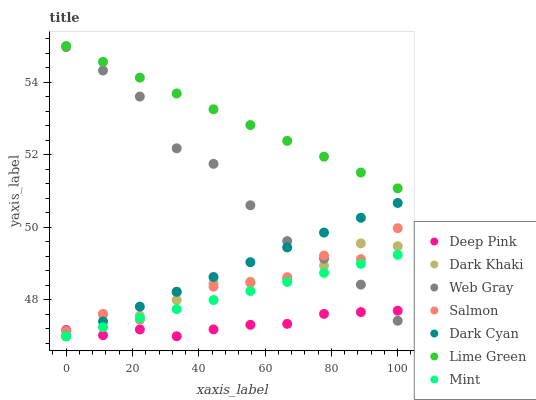
| xaxis_label | Deep Pink | Dark Khaki | Web Gray | Salmon | Dark Cyan | Lime Green | Mint |
 | --- | --- | --- | --- | --- | --- | --- | --- |
 | 0 | 47.2 | 47 | 55 | 47.1 | 47 | 55 | 47 |
 | 11.1 | 47 | 47.6 | 54.3 | 47.6 | 47.4 | 54.6 | 47.2 |
 | 22.2 | 47.2 | 47.6 | 53.6 | 47.5 | 47.8 | 54.1 | 47.5 |
 | 33.3 | 47 | 48 | 52.2 | 48.2 | 48.2 | 53.7 | 47.7 |
 | 44.4 | 47.2 | 48.5 | 51.8 | 48.4 | 48.6 | 53.3 | 48 |
 | 55.6 | 47.3 | 48.5 | 50.6 | 48.5 | 49 | 52.8 | 48.2 |
 | 66.7 | 47.3 | 48.6 | 49.6 | 48.6 | 49.4 | 52.4 | 48.5 |
 | 77.8 | 47.6 | 48.9 | 49.1 | 49.2 | 49.9 | 51.9 | 48.7 |
 | 88.9 | 47.7 | 49.6 | 48.4 | 49.1 | 50.3 | 51.5 | 49 |
 | 100 | 47.7 | 49.5 | 47.4 | 50 | 50.7 | 51.1 | 49.2 |